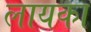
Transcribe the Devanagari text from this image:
लायका